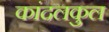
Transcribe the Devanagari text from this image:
कांदलकुल